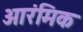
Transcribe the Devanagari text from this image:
आरंमिक